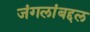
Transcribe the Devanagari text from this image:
जंगलांबद्दल